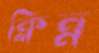
ক্লিন্ন